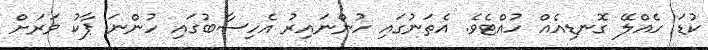
ކުޑަ ހެއްލޭ ގޮނޑިއެއް ހުއްޓެވެ. އެތަނުގައި ހުންނައިރު އެހިސާބުގައި ހުންނަ ޕާކު ވަރަށް